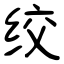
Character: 绞